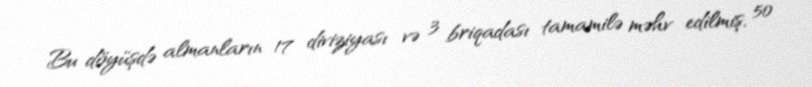
Bu döyüşdə almanların 17 diviziyası və 3 briqadası tamamilə məhv edilmiş, 50